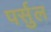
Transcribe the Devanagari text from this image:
पर्सुल